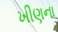
ખીણના